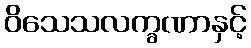
ဝိသေသလက္ခဏာနှင့်